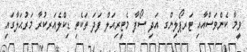
ވީމާ ކެންވަސްއާއި ޓަރޕޯލިންގ އަދި ސޯފާ މެޓީރިއަލް ފަދަ ތަކެތި ޑިކްލެއަރކުރާ މަރުޙަލާގައި